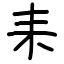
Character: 耒